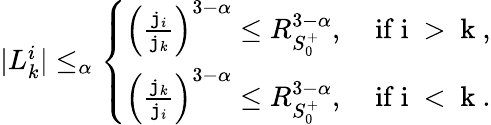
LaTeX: \begin{array}{r}{|L_{k}^{i}|\le_{\alpha}\left\{ \begin{array}{ll}{\left(\frac{\mathtt{j}_{i}}{\mathtt{j}_{k}}\right)^{3-\alpha}\le R_{S_{0}^{+}}^{3-\alpha},}&{\mathrm{~if~i~>~k~},}\\ {\left(\frac{\mathtt{j}_{k}}{\mathtt{j}_{i}}\right)^{3-\alpha}\le R_{S_{0}^{+}}^{3-\alpha},}&{\mathrm{~if~i~<~k~}.}\end{array}\right.}\end{array}